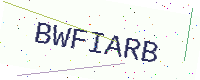
Text: BWFIARB